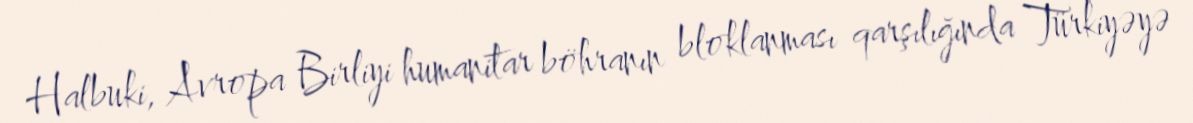
Halbuki, Avropa Birliyi humanitar böhranın bloklanması qarşılığında Türkiyəyə